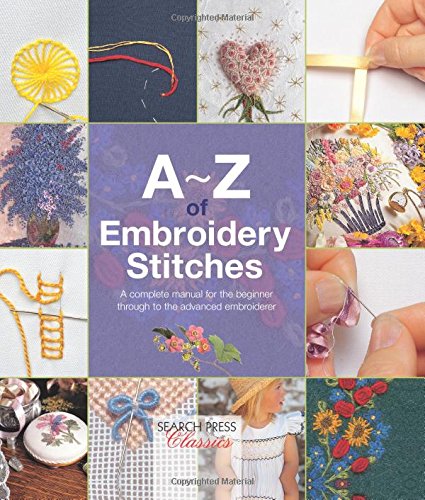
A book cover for A-Z of Embroidery Stitches (A-Z of Needlecraft); Crafts, Hobbies & Home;